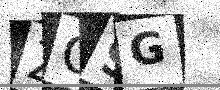
Text: ZC9G